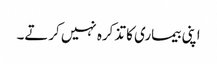
اپنی بیماری کا تذکرہ نہیں کرتے۔